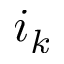
i _ { k }